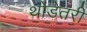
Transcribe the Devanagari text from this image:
थोडेतरी